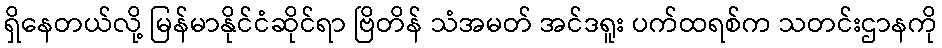
ရှိနေတယ်လို့ မြန်မာနိုင်ငံဆိုင်ရာ ဗြိတိန် သံအမတ် အင်ဒရူး ပက်ထရစ်က သတင်းဌာနကို